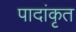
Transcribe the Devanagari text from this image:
पादांकृत